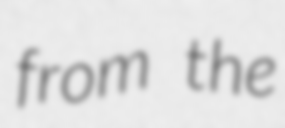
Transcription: from the